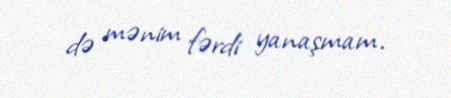
də mənim fərdi yanaşmam.